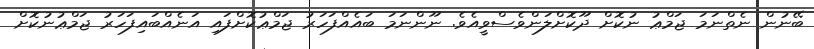
ބޭނުން ނެތްނަމަ ޖަމްޢު ނުކޮށް ދޫކޮށްލަންވެސްވީއެވެ. ނޫންނަމަ ބައެއްފަހަރު ޖަމްޢުކޮށްފައި އަނެއްބައިފަހަރު ޖަމްޢުނުކޮށް